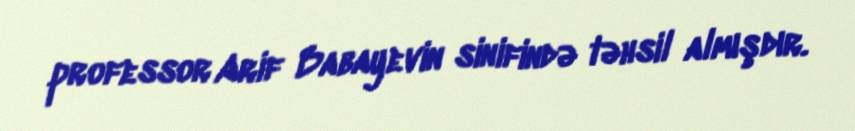
professor Arif Babayevin sinifində təhsil almışdır.